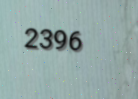
2396